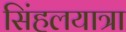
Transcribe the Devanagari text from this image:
सिंहलयात्रा